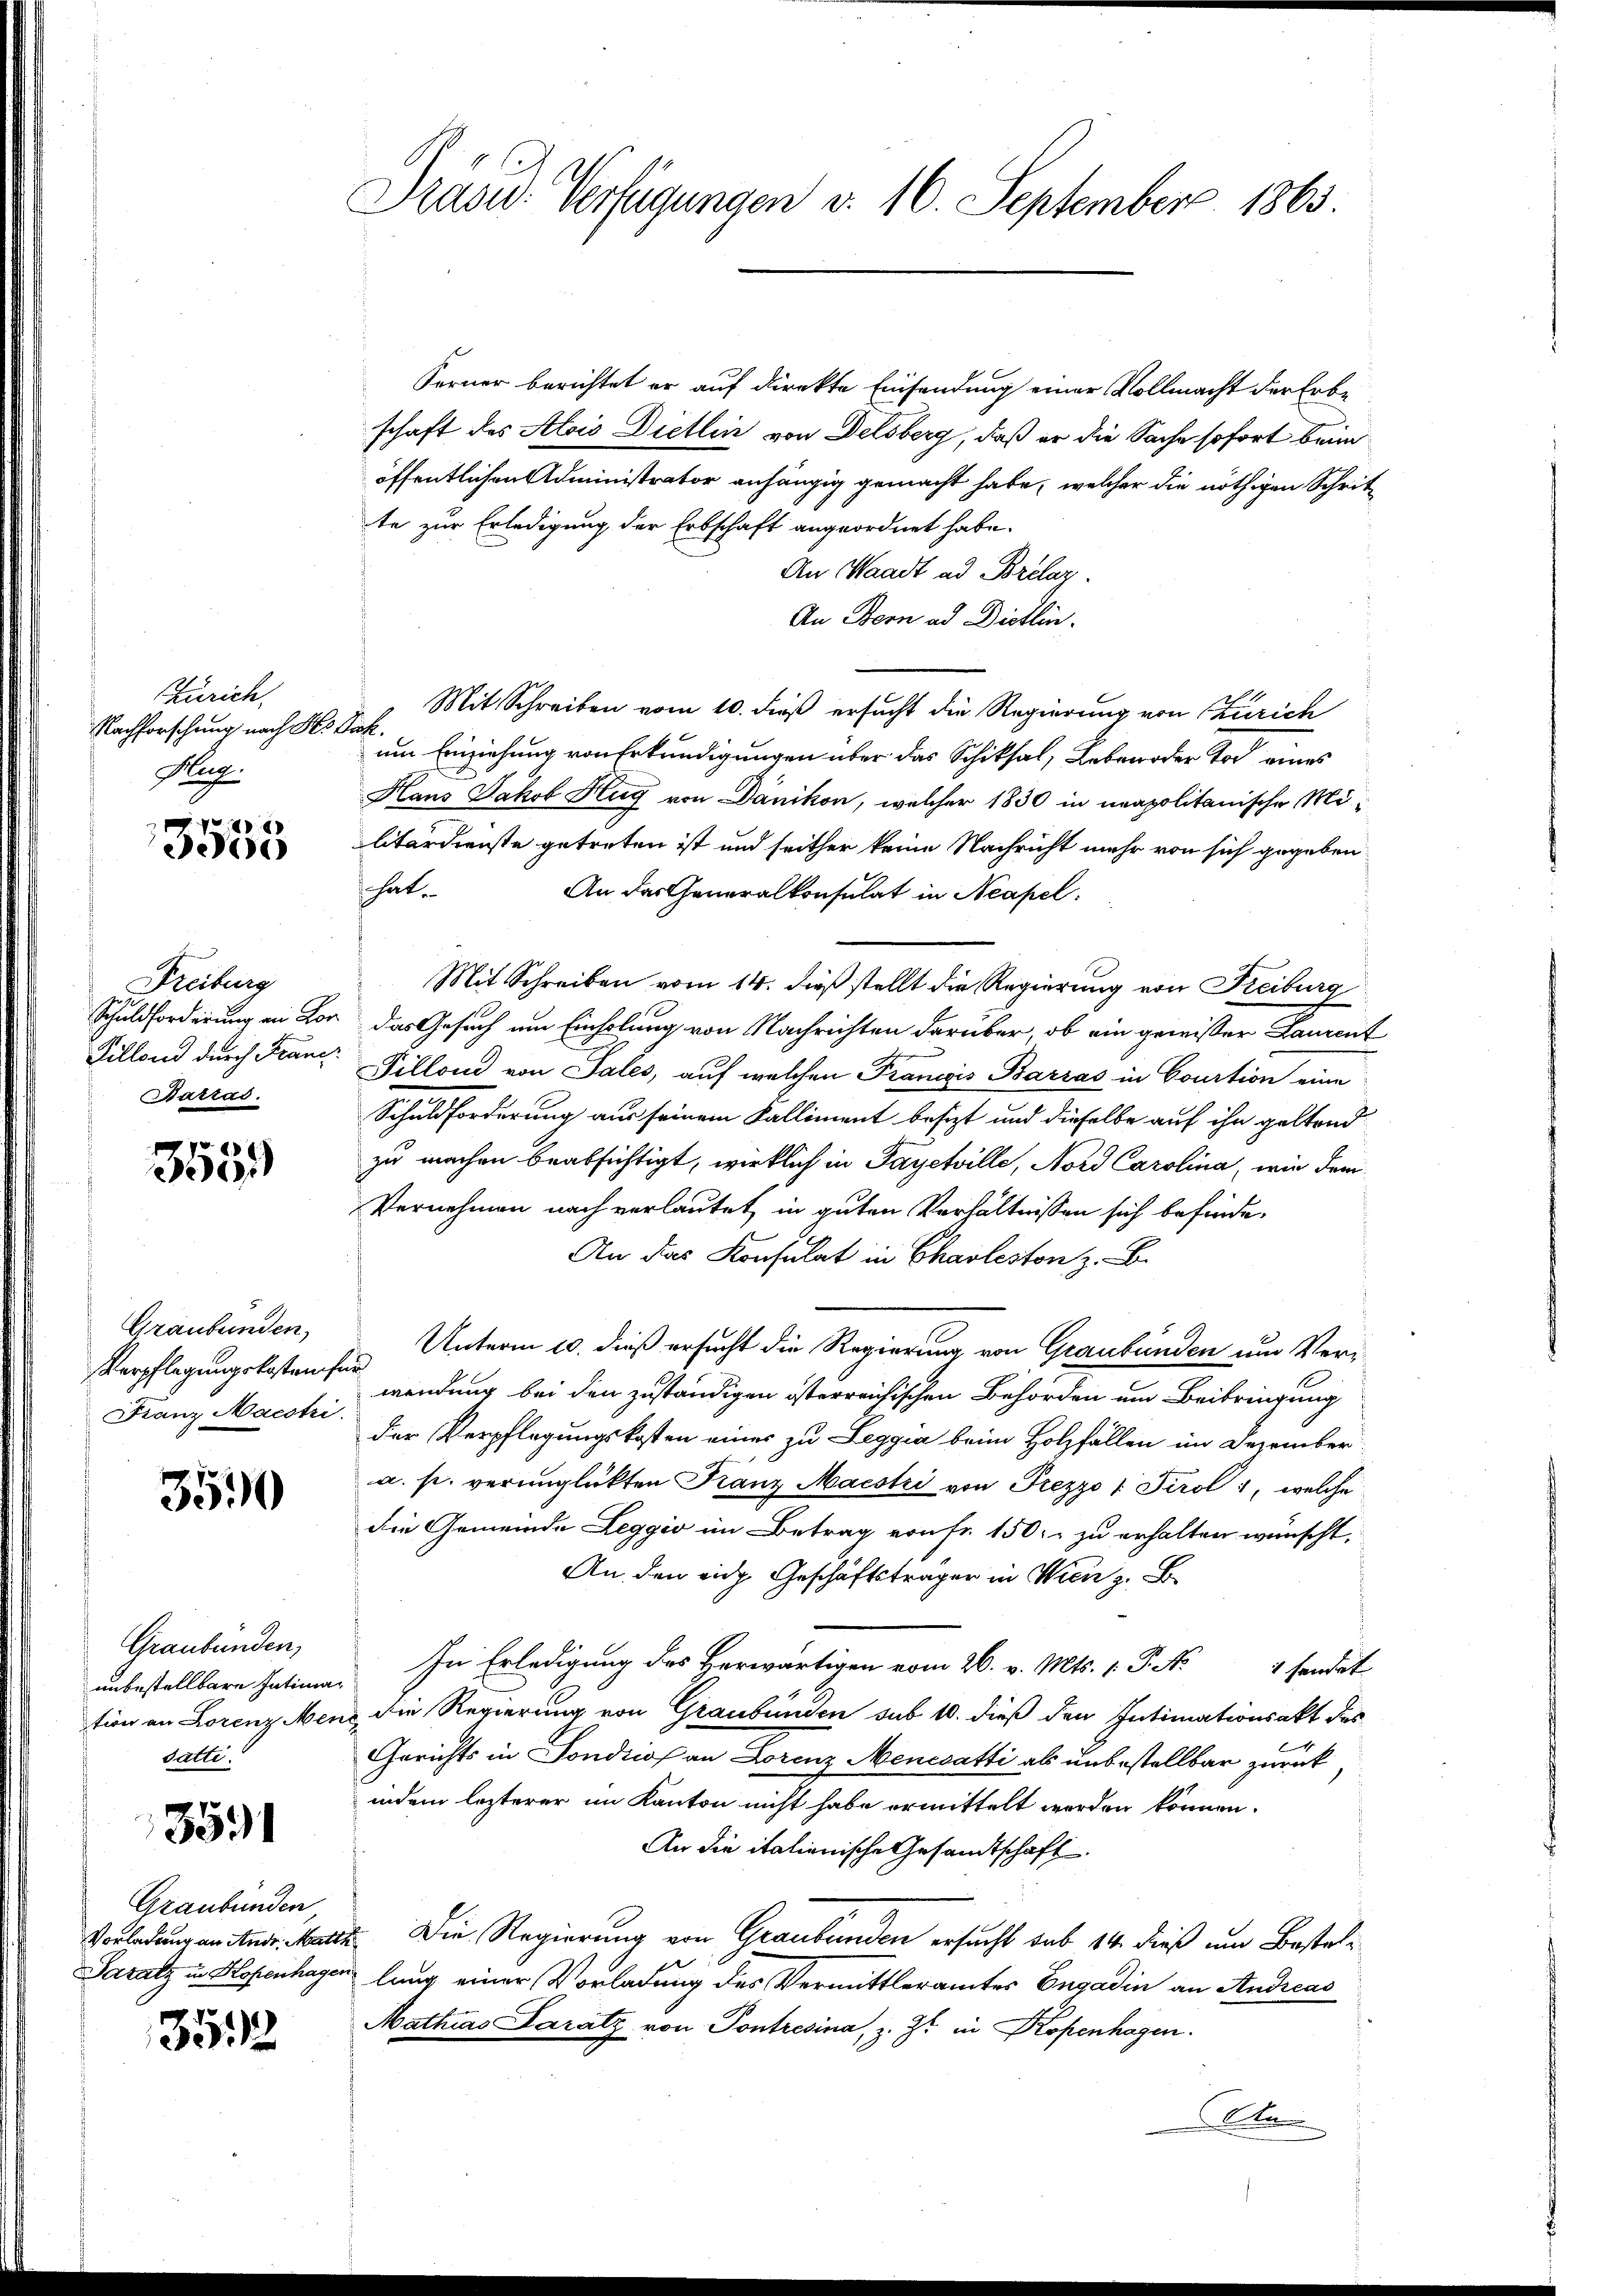
Zürich.
Nachforschung nach Best
Hu

x
e

Freiburg
Schuldforderung in Lor
Pillend durch Franc
Battas.

355.

Graubünden,
Verpflegungskostense
Franz Macstri

3590

Graubünden,
unbestellbare Intima
tion an Lorenz Mer
sätti.

3591

Graubünden
Vorladung an Andr. Matth
Saratz in Hopenhagen

35552

Prasw. Verfügungen v. 16. September 1863

Ferner berichtet er auf direkte Einsendung einer Vollmacht der Erbe
schaft des Alois Dietlin von Delsberg, daß er die Sache sofort beim
öffentlichen Administrator anhängig gemacht habe, welcher die nöthigen Schritte zur Erledigung der Erbschaft angeordnet habe.
An Waadt ad Brelaz.
An Bern ad Dietlin.
Mit Schreiben vom 10. dieß ersucht die Regierung von Zürich
i
um Einziehung von Erkundigungen über das Schiksal, Leben oder Tod eines
Hans Jakob Hug von Danikon, welcher 1830 in unapolitanische Militärdienste getreten ist und seither keine Nachricht mehr von sich gegeben
hat.
An das Generalkonsulat in Neapel.
Mit Schreiben vom 14. dieß stellt die Regierung von Freiburg
das Gesuch um Einholung von Nachrichten darüber, ob ein gewisser Laurent
Pillone von Tales, auf welchen Francis Barzas in Courtion eine
Schuldforderung aus seinem Falliment besizt und dieselbe auf ihn geltend
zu machen beabsichtigt, wirklich in Payetville, Nord Carolina, wie dem
Vernehmen nach verlautet in guten Verhältnissen sich befinde¬
An das Konsulat in Chaoleston z. B.
Unterm 10. dieß ersucht die Regierung von Graubünden um Verid
wendung bei den zuständigen österreichischen Behörden um Beibringung
der Verpflegungskosten eines zu Leggia beim Holzfällen im Dezember
a. p. verunglückten Franz Maestri von Frezzo / Tirol, welche
die Gemeinde Leggio im Betrag von Fr. 150. zu erhalten wünscht.
An den sich Geschäftsträger in Wien z. B
In Erledigung des Herwärtigen vom 26. v. Mts. 1. P. No 4 sendet
die Regierung von Graubünden sub 10. dieß den Intimationsakt des
Gerichts in Sondicos an Forenz Mencsatti als unbestellbar zurück
indem lezterer im Kanton nicht habe ermittelt werden können.
An die italienische Gesandtschaft
 Die Regierung von Graubünden ersucht sub 14. dieß um Bestellung einer Vorladung des Vermittleramtes Engadin an Andreas
Mathias Karatz von Pontresina, z. Z. in Kopenhagen.
An